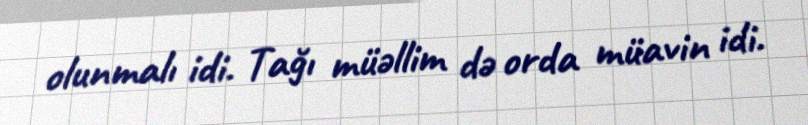
olunmalı idi. Tağı müəllim də orda müavin idi.